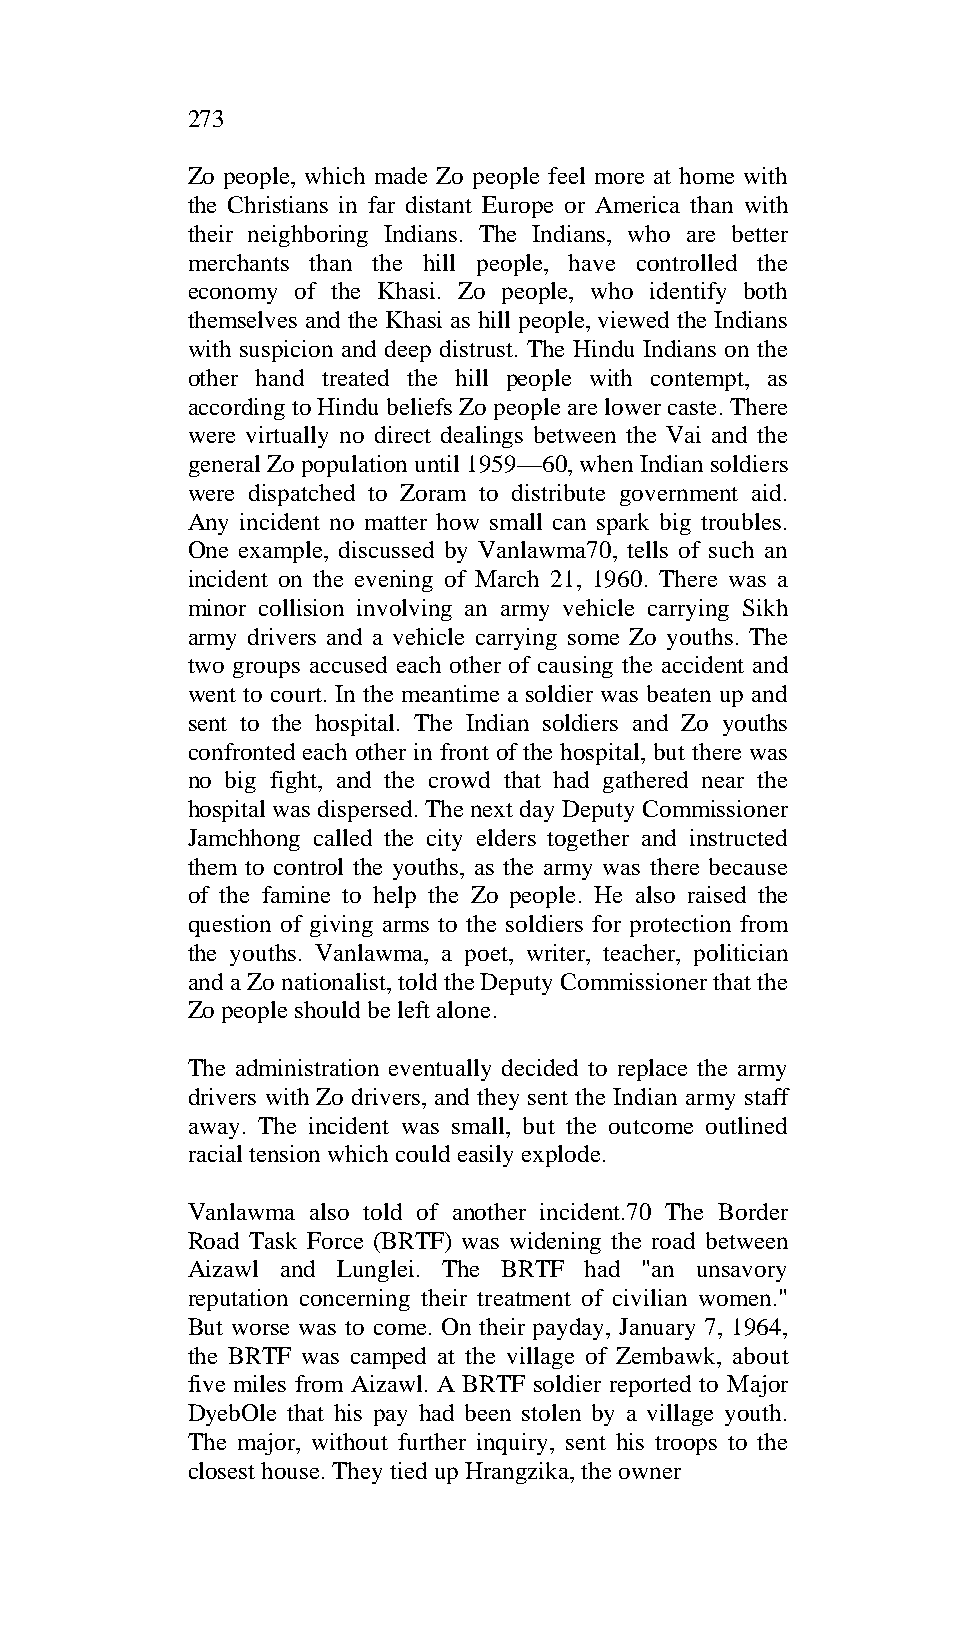
273
 Zo people, which made Zo people feel more at home with
 the Christians in far distant Europe or America than with
 their neighboring Indians. The Indians, who are better
 merchants than the hill people, have controlled the
 economy of the Khasi. Zo people, who identify both
 themselves and the Khasi as hill people, viewed the Indians
 with suspicion and deep distrust. The Hindu Indians on the
 other hand treated the hill people with contempt, as
 according to Hindu beliefs Zo people are lower caste. There
 were virtually no direct dealings between the Vai and the
 general Zo population until 1959—60, when Indian soldiers
 were dispatched to Zoram to distribute government aid.
 Any incident no matter how small can spark big troubles.
 One example, discussed by Vanlawma70, tells of such an
 incident on the evening of March 21, 1960. There was a
 minor collision involving an army vehicle carrying Sikh
 army drivers and a vehicle carrying some Zo youths. The
 two groups accused each other of causing the accident and
 went to court. In the meantime a soldier was beaten up and
 sent to the hospital. The Indian soldiers and Zo youths
 confronted each other in front of the hospital, but there was
 no big fight, and the crowd that had gathered near the
 hospital was dispersed. The next day Deputy Commissioner
 Jamchhong called the city elders together and instructed
 them to control the youths, as the army was there because
 of the famine to help the Zo people. He also raised the
 question of giving arms to the soldiers for protection from
 the youths. Vanlawma, a poet, writer, teacher, politician
 and a Zo nationalist, told the Deputy Commissioner that the
 Zo people should be left alone.
 The administration eventually decided to replace the army
 drivers with Zo drivers, and they sent the Indian army staff
 away. The incident was small, but the outcome outlined
 racial tension which could easily explode.
 Vanlawma also told of another incident.70 The Border
 Road Task Force (BRTF) was widening the road between
 Aizawl and Lunglei. The BRTF had "an unsavory
 reputation concerning their treatment of civilian women."
 But worse was to come. On their payday, January 7, 1964,
 the BRTF was camped at the village of Zembawk, about
 five miles from Aizawl. A BRTF soldier reported to Major
 DyebOle that his pay had been stolen by a village youth.
 The major, without further inquiry, sent his troops to the
 closest house. They tied up Hrangzika, the owner